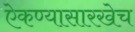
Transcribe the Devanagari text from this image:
ऐकण्यासारखेच